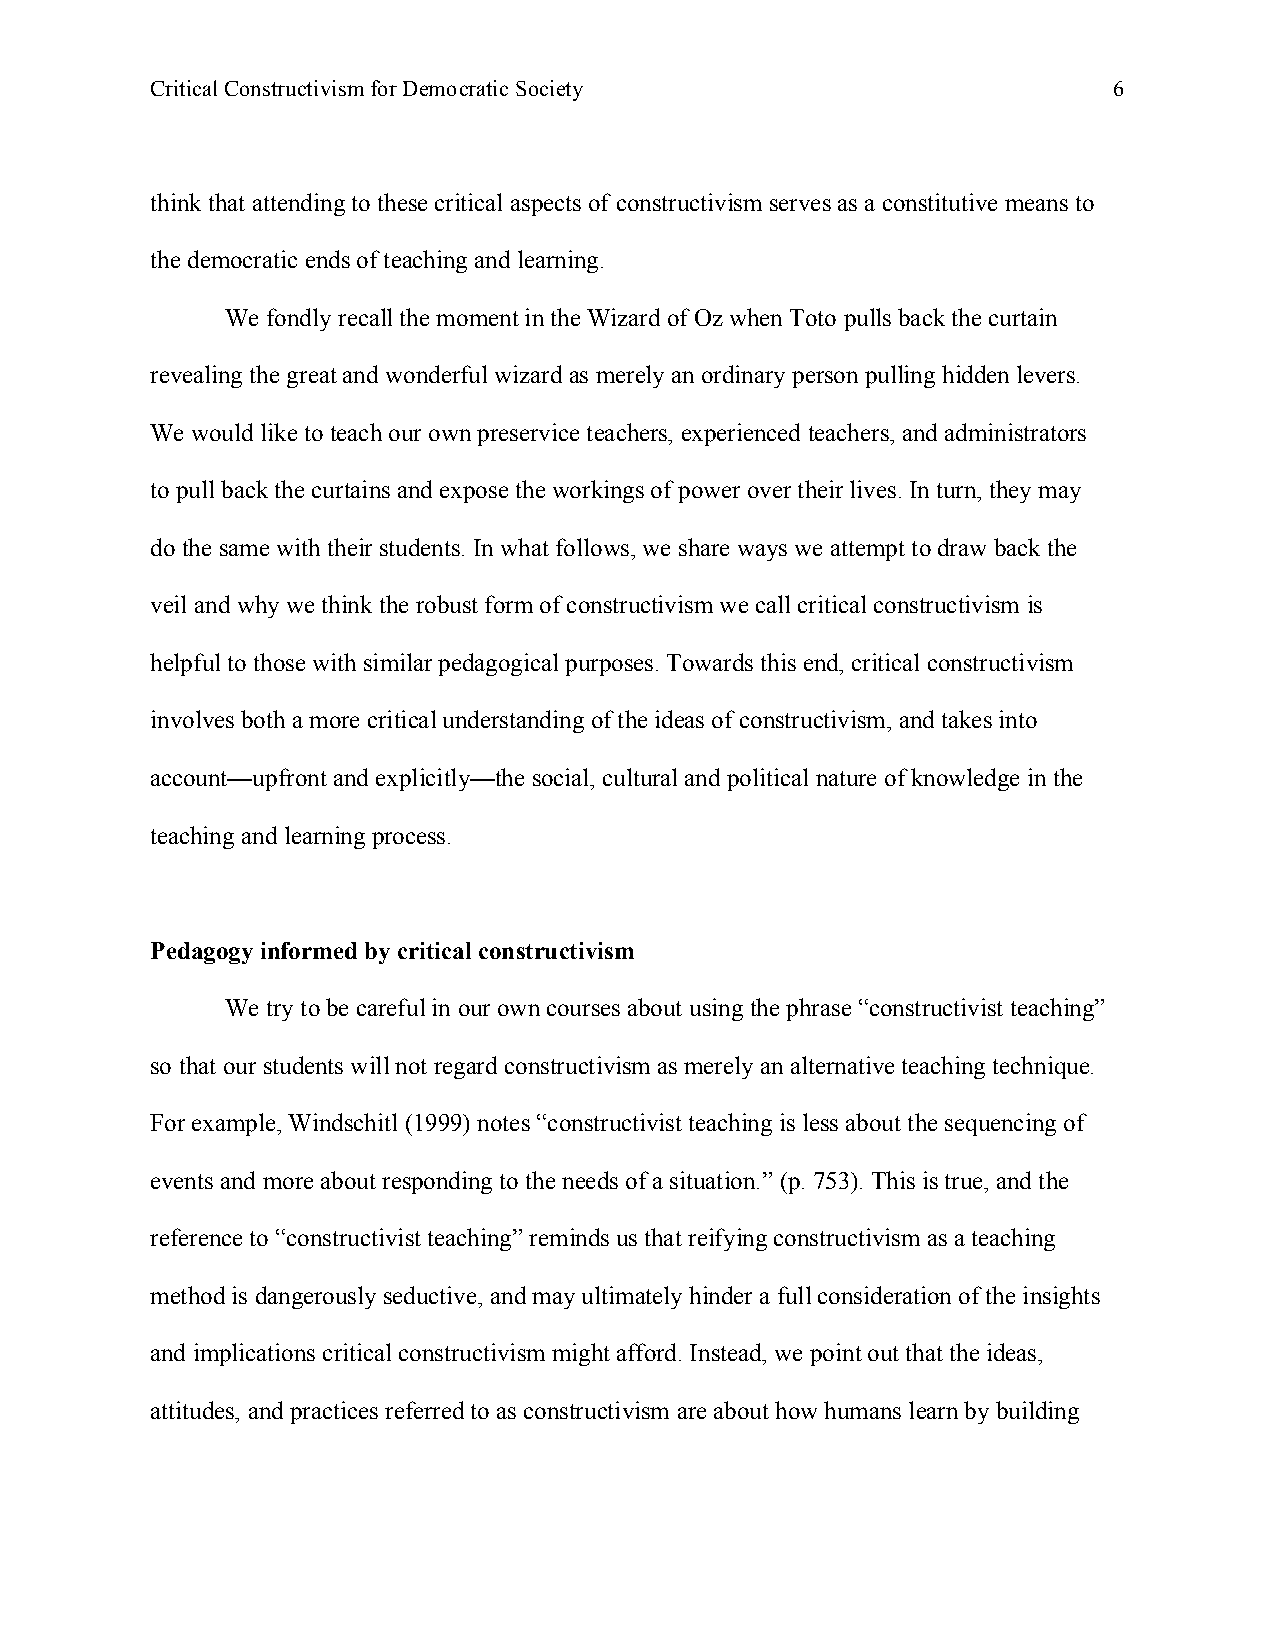
Critical Constructivism for Democratic Society                  6
 think that attending to these critical aspects of constructivism serves as a constitutive means to
 the democratic ends of teaching and learning.
 We fondly recall the moment in the Wizard of Oz when Toto pulls back the curtain
 revealing the great and wonderful wizard as merely an ordinary person pulling hidden levers.
 We would like to teach our own preservice teachers, experienced teachers, and administrators
 to pull back the curtains and expose the workings of power over their lives. In turn, they may
 do the same with their students. In what follows, we share ways we attempt to draw back the
 veil and why we think the robust form of constructivism we call critical constructivism is
 helpful to those with similar pedagogical purposes. Towards this end, critical constructivism
 involves both a more critical understanding of the ideas of constructivism, and takes into
 account—upfront and explicitly—the social, cultural and political nature of knowledge in the
 teaching and learning process.
 Pedagogy informed by critical constructivism
 We try to be careful in our own courses about using the phrase “constructivist teaching”
 so that our students will not regard constructivism as merely an alternative teaching technique.
 For example, Windschitl (1999) notes “constructivist teaching is less about the sequencing of
 events and more about responding to the needs of a situation.” (p. 753). This is true, and the
 reference to “constructivist teaching” reminds us that reifying constructivism as a teaching
 method is dangerously seductive, and may ultimately hinder a full consideration of the insights
 and implications critical constructivism might afford. Instead, we point out that the ideas,
 attitudes, and practices referred to as constructivism are about how humans learn by building